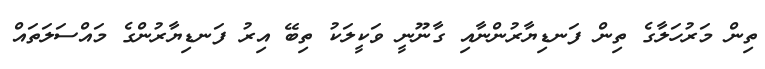
ތިން މަރުހަލާގެ ތިން ފަނޑިޔާރުންނާއި ގާނޫނީ ވަކީލަކު ތިބޭ އިރު ފަނޑިޔާރުންގެ މައްސަލަތައް